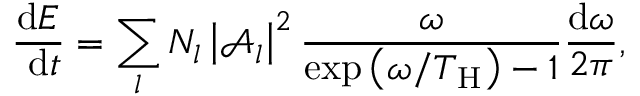
\frac { \mathrm { d } E } { \mathrm { ~ d } t } = \sum _ { l } N _ { l } \left| \mathcal { A } _ { l } \right| ^ { 2 } \frac { \omega } { \exp \left( \omega / T _ { \mathrm { H } } \right) - 1 } \frac { \mathrm { d } \omega } { 2 \pi } ,